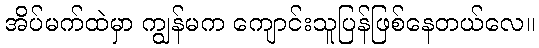
အိပ်မက်ထဲမှာ ကျွန်မက ကျောင်းသူပြန်ဖြစ်နေတယ်လေ။